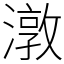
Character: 潡